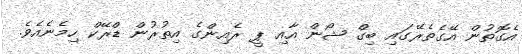
އެގޮތުން އޭގެތެރޭގައި ބިގް ޝޯން އާއި ޕީ ރެއިިންގެ އިތުރުން ޑްރޭކް ހިމެނެއެވެ.